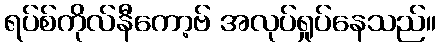
ရပ်စ်ကိုလ်နီကော့ဗ် အလုပ်ရှုပ်နေသည်။